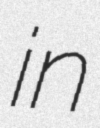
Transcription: in